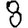
Digit: 8